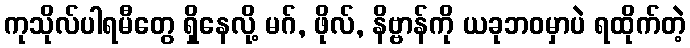
ကုသိုလ်ပါရမီတွေ ရှိနေလို့ မဂ်, ဖိုလ်, နိဗ္ဗာန်ကို ယခုဘဝမှာပဲ ရထိုက်တဲ့